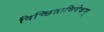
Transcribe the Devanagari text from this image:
विच्छिन्नाभिषेकम्